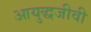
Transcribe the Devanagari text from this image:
आयुद्धजीवी